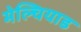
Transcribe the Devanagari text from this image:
मेल्चियाड